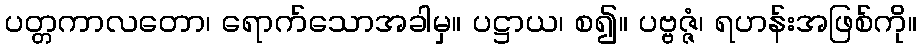
ပတ္တကာလတော၊ ရောက်သောအခါမှ။ ပဋ္ဌာယ၊ စ၍။ ပဗ္ဗဇ္ဇံ၊ ရဟန်းအဖြစ်ကို။